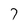
Character: 7